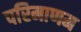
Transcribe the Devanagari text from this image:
परिमाणम